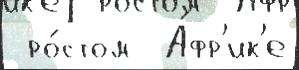
 ро́стом  А́фр'ик'е